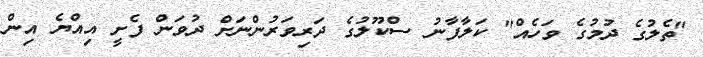
"ތެލުގެ ދުމުގެ ވަހެއް" ކަލާފާނު ސްކޫލުގެ ދަރިވަރުންނަށް ދުވަން ފެށީ އިއްޔެ އިން